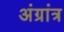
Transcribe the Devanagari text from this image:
अंग्रांत्र